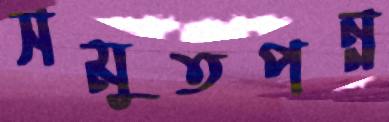
সমুতপন্ন